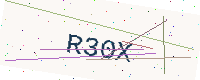
Text: R30X